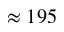
\approx 1 9 5